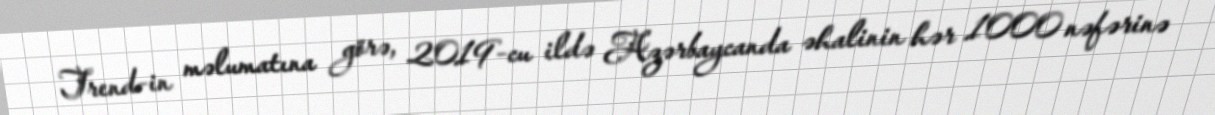
Trend-in məlumatına görə, 2019-cu ildə Azərbaycanda əhalinin hər 1000 nəfərinə